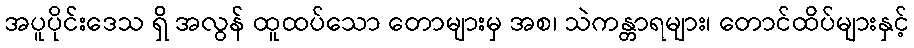
အပူပိုင်းဒေသ ရှိ အလွန် ထူထပ်သော တောများမှ အစ၊ သဲကန္တာရများ၊ တောင်ထိပ်များနှင့်